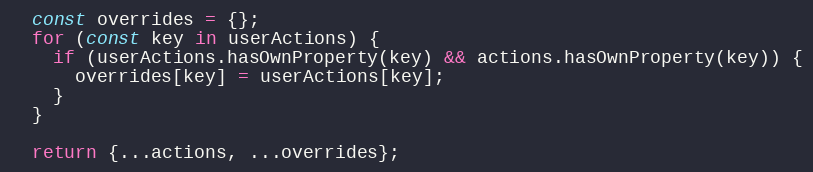
Language: JavaScript
  const overrides = {};
  for (const key in userActions) {
    if (userActions.hasOwnProperty(key) && actions.hasOwnProperty(key)) {
      overrides[key] = userActions[key];
    }
  }

  return {...actions, ...overrides};